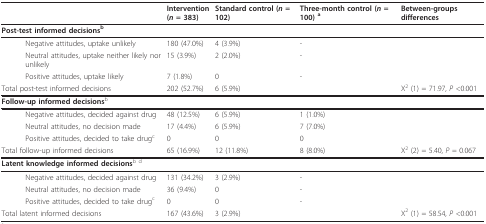
<table><thead><tr><td colspan="2"></td><td><b>Intervention(<i>n </i>= 383)</b></td><td><b>Standard control (<i>n </i>= 102)</b></td><td><b>Three-month control (<i>n </i>= 100) <sup>a</sup></b></td><td><b>Between-groups differences</b></td></tr></thead><tbody><tr><td colspan="6"><b>Post-test informed decisions</b><sup>b</sup></td></tr><tr><td></td><td> Negative attitudes, uptake unlikely</td><td>180 (47.0%)</td><td>4 (3.9%)</td><td>-</td><td></td></tr><tr><td></td><td> Neutral attitudes, uptake neither likely nor unlikely</td><td>15 (3.9%)</td><td>2 (2.0%)</td><td>-</td><td></td></tr><tr><td></td><td> Positive attitudes, uptake likely</td><td>7 (1.8%)</td><td>0</td><td>-</td><td></td></tr><tr><td colspan="2">Total post-test informed decisions</td><td>202 (52.7%)</td><td>6 (5.9%)</td><td></td><td>X<sup>2 </sup>(1) = 71.97, <i>P </i>&lt;0.001</td></tr><tr><td colspan="6"><b>Follow-up informed decisions</b><sup>b</sup></td></tr><tr><td></td><td> Negative attitudes, decided against drug</td><td>48 (12.5%)</td><td>6 (5.9%)</td><td>1 (1.0%)</td><td></td></tr><tr><td></td><td> Neutral attitudes, no decision made</td><td>17 (4.4%)</td><td>6 (5.9%)</td><td>7 (7.0%)</td><td></td></tr><tr><td></td><td> Positive attitudes, decided to take drug<sup>c</sup></td><td>0</td><td>0</td><td>0</td><td></td></tr><tr><td colspan="2">Total follow-up informed decisions</td><td>65 (16.9%)</td><td>12 (11.8%)</td><td>8 (8.0%)</td><td>X<sup>2 </sup>(2) = 5.40, <i>P </i>= 0.067</td></tr><tr><td colspan="6"><b>Latent knowledge informed decisions</b><sup>b d </sup></td></tr><tr><td></td><td> Negative attitudes, decided against drug</td><td>131 (34.2%)</td><td>3 (2.9%)</td><td>-</td><td></td></tr><tr><td></td><td> Neutral attitudes, no decision made</td><td>36 (9.4%)</td><td>0</td><td>-</td><td></td></tr><tr><td></td><td> Positive attitudes, decided to take drug<sup>c</sup></td><td>0</td><td>0</td><td>-</td><td></td></tr><tr><td colspan="2">Total latent informed decisions</td><td>167 (43.6%)</td><td>3 (2.9%)</td><td></td><td>X<sup>2 </sup>(1) = 58.54, <i>P </i>&lt;0.001</td></tr></tbody></table>